Report of the Lahore Medical School Hospital
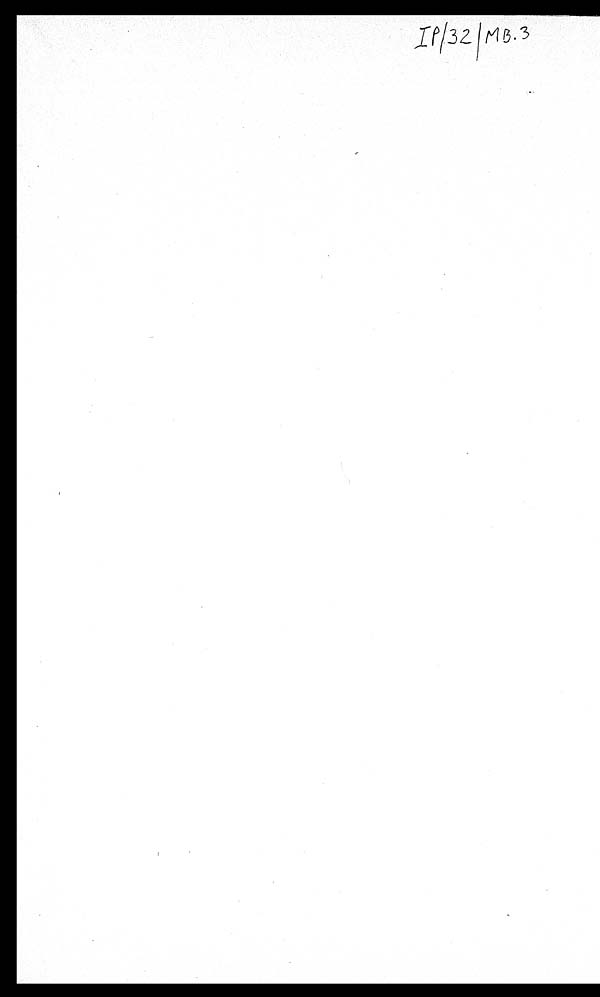
IP/32/MB.3